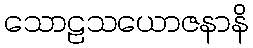
သောဠသယောဇနာနိ